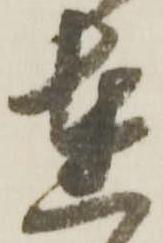
達